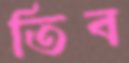
তিব